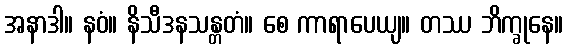
အနာဒါ။ နဝံ။ နိသီဒနသန္တတံ။ စေ ကာရာပေယျ။ တဿ ဘိက္ခုနေ။